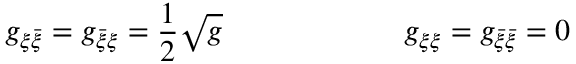
g _ { \xi \bar { \xi } } = g _ { \bar { \xi } \xi } = { \frac { 1 } { 2 } } \sqrt { g } \qquad \qquad \qquad g _ { \xi \xi } = g _ { \bar { \xi } \bar { \xi } } = 0